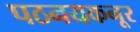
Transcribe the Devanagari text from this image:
पठनयकनूर